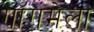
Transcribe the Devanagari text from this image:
गॉगमेला